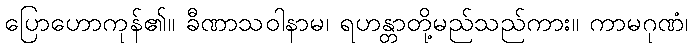
ပြောဟောကုန်၏။ ခီဏာသဝါနာမ၊ ရဟန္တာတို့မည်သည်ကား။ ကာမဂုဏံ၊